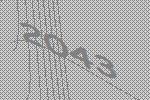
2043